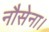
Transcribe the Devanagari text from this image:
नौसेना।